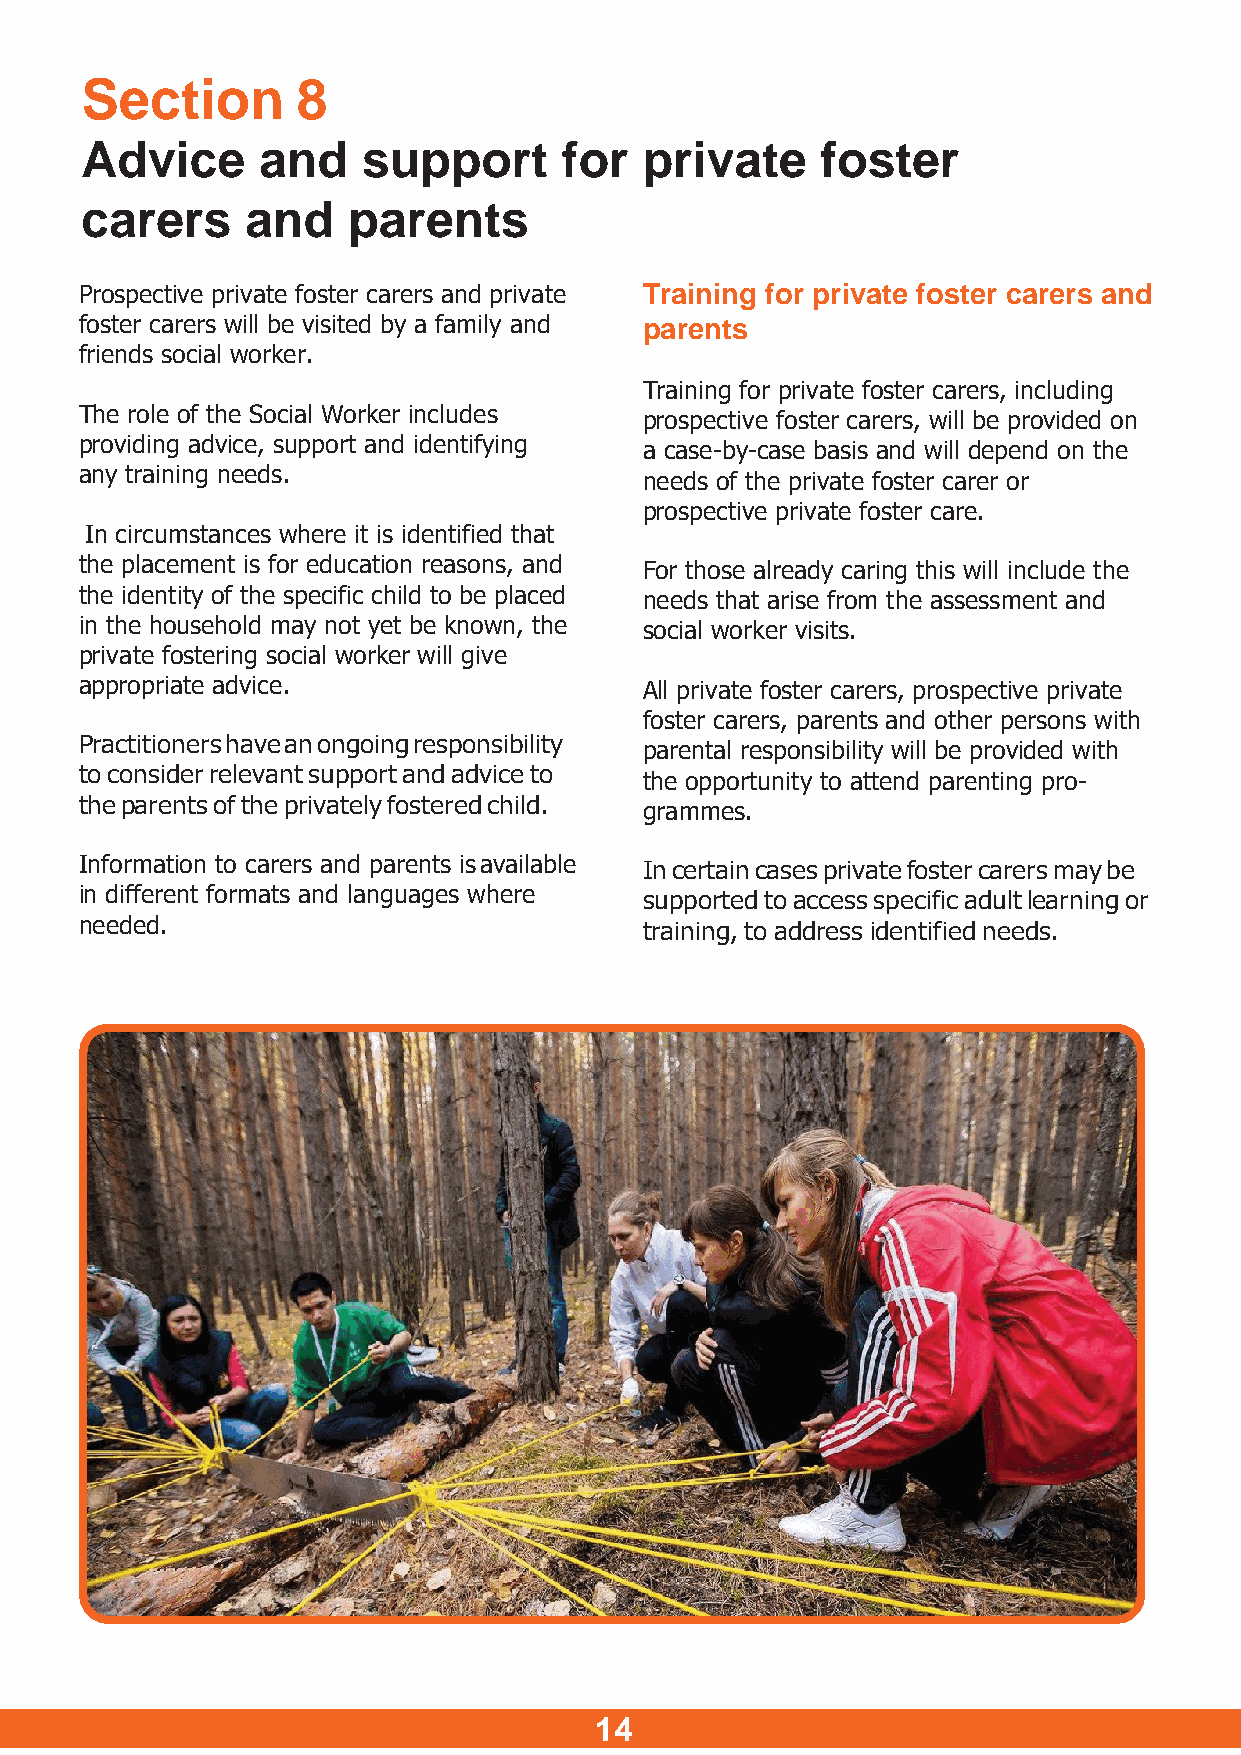
Section        8
 Advice      and    support      for   private    foster
 carers     and    parents
 Prospective private foster carers and private Training for private foster carers and
 foster carers will be visited by a family and parents
 friends social worker.
 Training for private foster carers, including
 The role of the Social Worker includes prospective foster carers, will be provided on
 providing advice, support and identifying a case-by-case basis and will depend on the
 any training needs.                   needs of the private foster carer or
 prospective private foster care.
 In circumstances where it is identified that
 the placement is for education reasons, and For those already caring this will include the
 the identity of the specific child to be placed needs that arise from the assessment and
 in the household may not yet be known, the social worker visits.
 private fostering social worker will give
 appropriate advice.                   All private foster carers, prospective private
 foster carers, parents and other persons with
 Practitioners have an ongoing responsibility parental responsibility will be provided with
 to consider relevant support and advice to the opportunity to attend parenting pro-
 the parents of the privately fostered child. grammes.
 Information to carers and parents is available In certain cases private foster carers may be
 in different formats and languages where supported to access specific adult learning or
 needed.                               training, to address identified needs.
 14